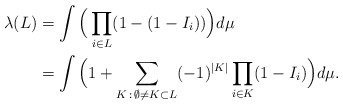
\begin{align*}\lambda(L) &= \int \Big(\prod_{i\in L} (1-(1-I_i)) \Big) d\mu \\& = \int \Big(1+\sum_{K\, :\, \emptyset \not = K\subset L} (-1)^{|K|} \prod_{i\in K} (1-I_i) \Big) d\mu.\end{align*}